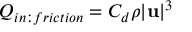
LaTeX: Q _ { i n : f r i c t i o n } = C _ { d } \rho | \mathbf { u } | ^ { 3 }